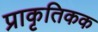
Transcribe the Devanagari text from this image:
प्राकृतिकक